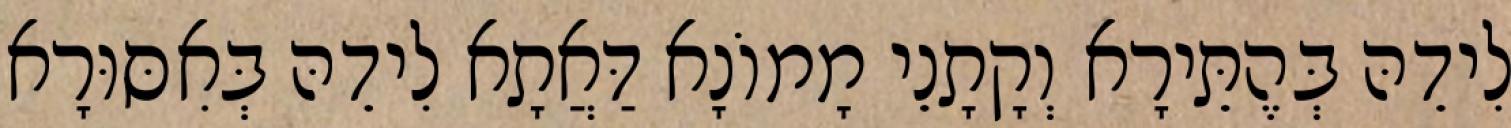
לִידֵהּ בְּהֶתֵּירָא וְקָתָנֵי מָמוֹנָא דַּאֲתָא לִידֵהּ בְּאִסּוּרָא